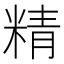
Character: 精